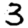
Digit: 3